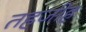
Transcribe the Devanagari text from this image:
तहजीह